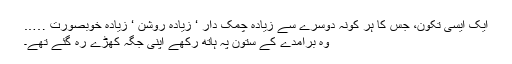
ایک ایسی تکون، جس کا ہر کونہ دوسرے سے زیادہ چمک دار ‘ زیادہ روشن ‘ زیادہ خوبصورت …..
وہ برآمدے کے ستون پہ ہاتھ رکھے اپنی جگہ کھڑے رہ گئے تھے۔